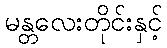
မန္တလေးတိုင်းနှင့်